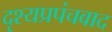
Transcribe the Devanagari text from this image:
दृश्यप्रपंचवाद